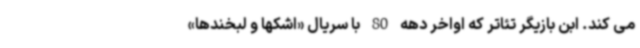
می کند. ابن بازیگر تئاتر که اواخر دهه 80 با سریال «اشکها و لبخندها»